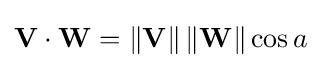
\mathbf {V} \cdot \mathbf {W} =\left\|\mathbf {V} \right\|\left\|\mathbf {W} \right\|\cos a